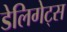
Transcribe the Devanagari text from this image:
डेलिगेट्स